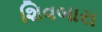
શિવબારા